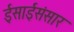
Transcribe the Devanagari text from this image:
ईसाईसंसार